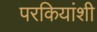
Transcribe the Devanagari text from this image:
परकियांशी